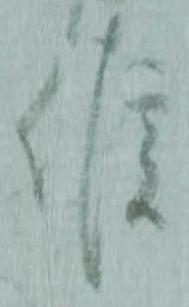
候